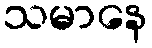
သမာနေ